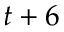
t + 6